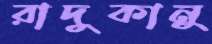
রাদুকানু